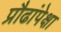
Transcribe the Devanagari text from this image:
प्रौढांपेक्षा